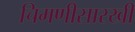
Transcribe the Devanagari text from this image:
चिमणीसारखी